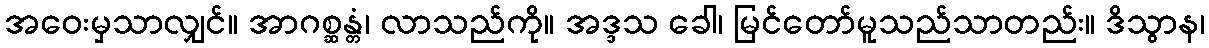
အဝေးမှသာလျှင်။ အာဂစ္ဆန္တံ၊ လာသည်ကို။ အဒ္ဒသ ခေါ၊ မြင်တော်မူသည်သာတည်း။ ဒိသွာန၊